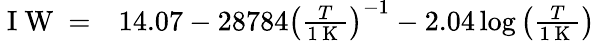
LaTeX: \begin{array}{rl}{\mathrm{~I~W~}=}&{{}14.07-28784\left(\frac{T}{1\mathrm{~K~}}\right)^{-1}-2.04\log{\left(\frac{T}{1\mathrm{~K~}}\right)}}\end{array}